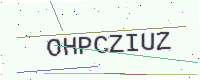
Text: OHPCZIUZ